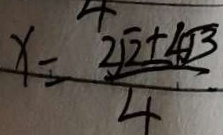
x = \frac { 2 \sqrt { 2 } \pm 4 \sqrt { 3 } } { 4 }